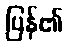
ပြန်၏